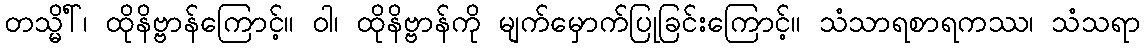
တသ္မိံါ်၊ ထိုနိဗ္ဗာန်ကြောင့်။ ဝါ၊ ထိုနိဗ္ဗာန်ကို မျက်မှောက်ပြုခြင်းကြောင့်။ သံသာရစာရကဿ၊ သံသရာ